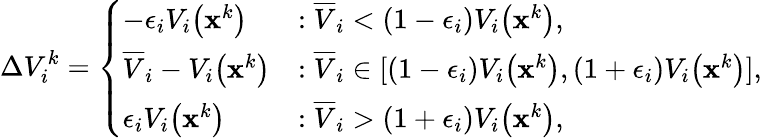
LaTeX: \Delta V_{i}^{k}=\left\{ \begin{array}{ll}{-\epsilon_{i}V_{i}\big(\mathbf{x}^{k}\big)}&{:\overline{{V}}_{i}<(1-\epsilon_{i})V_{i}\big(\mathbf{x}^{k}\big)\mathrm{,}}\\ {\overline{{V}}_{i}-V_{i}\big(\mathbf{x}^{k}\big)}&{:\overline{{V}}_{i}\in[(1-\epsilon_{i})V_{i}\big(\mathbf{x}^{k}\big),(1+\epsilon_{i})V_{i}\big(\mathbf{x}^{k}\big)]\mathrm{,}}\\ {\epsilon_{i}V_{i}\big(\mathbf{x}^{k}\big)}&{:\overline{{V}}_{i}>(1+\epsilon_{i})V_{i}\big(\mathbf{x}^{k}\big)\mathrm{,}}\end{array}\right.